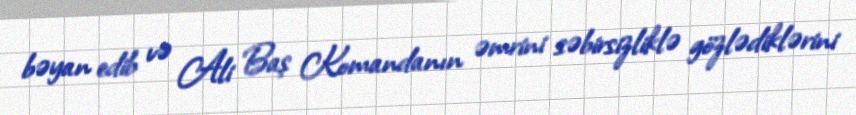
bəyan edib və Ali Baş Komandanın əmrini səbirsizliklə gözlədiklərini